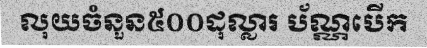
លុយចំនួន៥០០ដុល្លារ ប័ណ្ណបើក